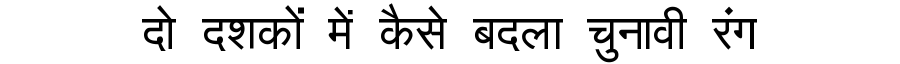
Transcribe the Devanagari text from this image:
दो दशकों में कैसे बदला चुनावी रंग